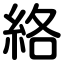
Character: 絡